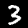
Label: 3